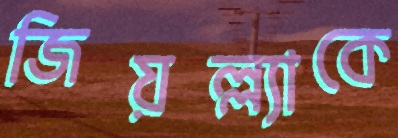
জিয়ল্ল্যাকে